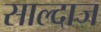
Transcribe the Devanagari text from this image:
साल्दाज